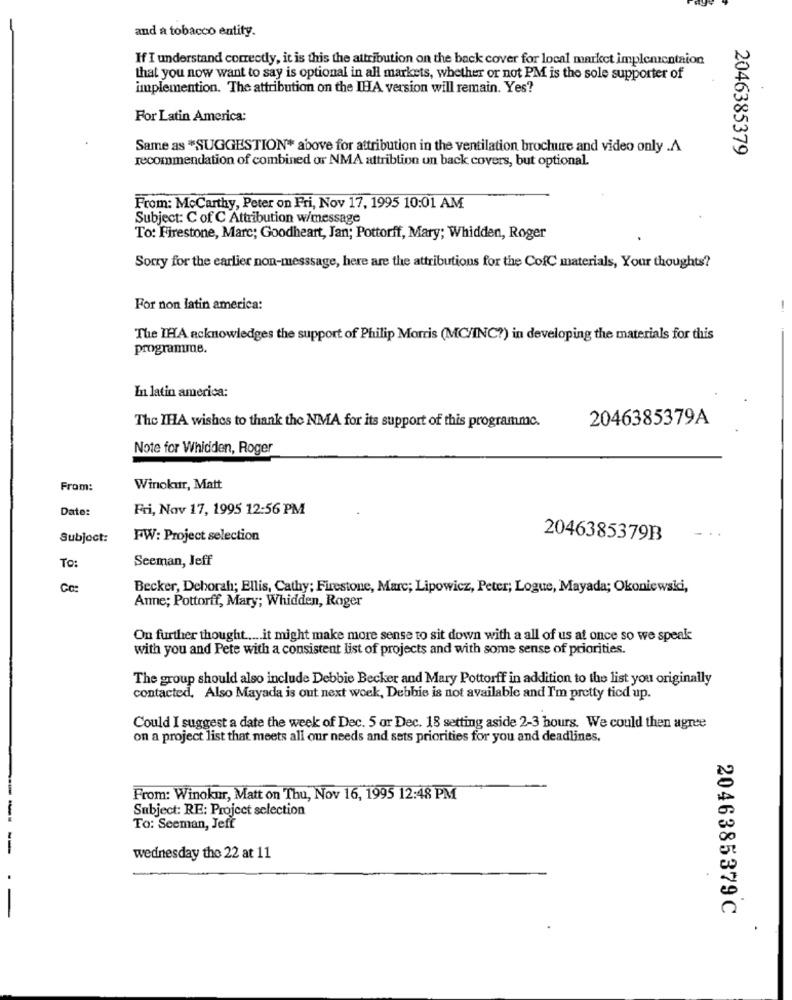
and a tobacco entity.
If I understand correctly, it is this the attribution on the back cover for local market implementaion
that you now want to say is optional in all markets, whether or not PM is the sole supporter of
implemention. The attribution on the IHA version will remain. Yes?
For Latin America:
Same as *SUGGESTION* above for attribution in the ventilation brochure and video only .A
2046385379
recommendation of combined or NMA attribtion un back covers, but optional.
From: Mccarthy, Peter on Fri, Nov 17, 1995 10:01 AM
Subject: C of C Attribution w/message
To: Firestone, Marc; Goodheart, Jan; Pottorff, Mary; Whidden, Roger
Sorry for the earlier non-messsage, here are the attributions for the CofC materials, Your thoughts?
For non latin america:
The IHA acknowledges the support of Philip Morris (MC/INC?) in developing the materials for this
programme.
In latin america:
2046385379A
The IHA wishes to thank the NMA for its support of this programme.
Note for Whidden, Roger
From:
Winokur, Matt
Date:
Fri, Nov 17, 1995 12:56 PM
Subject:
FW: Project selection
2046385379B
Seeman, Jeff
To:
Cc:
Becker, Deborah; Ellis, Cathy; Firestone, Marc; Lipowicz, Peter; Logue, Mayada; Okoniewski,
Anne; Pottorff, Mary; Whidden, Roger
On further thought ..... it might make more sense to sit down with a all of us at once so we speak
with you and Pete with a consistent list of projects and with some sense of priorities.
The group should also include Debbie Becker and Mary Pottorff in addition to the list you originally
contacted, Also Mayada is out next week, Debbie is not available and I'm pretty tied up.
Could I suggest a date the week of Dec. 5 or Dec. 18 setting aside 2-3 hours. We could then agree
on a project list that meets all our needs and sets priorities for you and deadlines.
From: Winokur, Matt on Thu, Nov 16, 1995 12:48 PM
Subject: RE: Project selection
To: Seeman, Jeff
--
wednesday the 22 at 11
2046385379 C